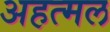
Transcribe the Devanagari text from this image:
अहत्मल